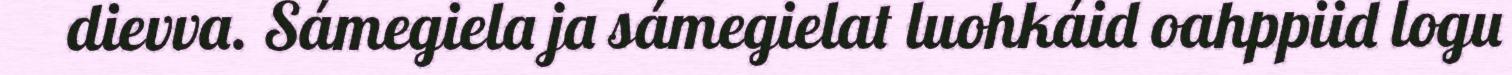
dievva. Sámegiela ja sámegielat luohkáid oahppiid logu